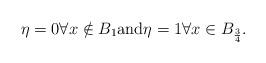
LaTeX: \begin{align*}\eta=0 \forall x\notin B_1 \mbox {and} \eta=1 \forall x\in B_{\frac34}.\end{align*}